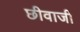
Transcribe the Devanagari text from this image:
छीवाजी